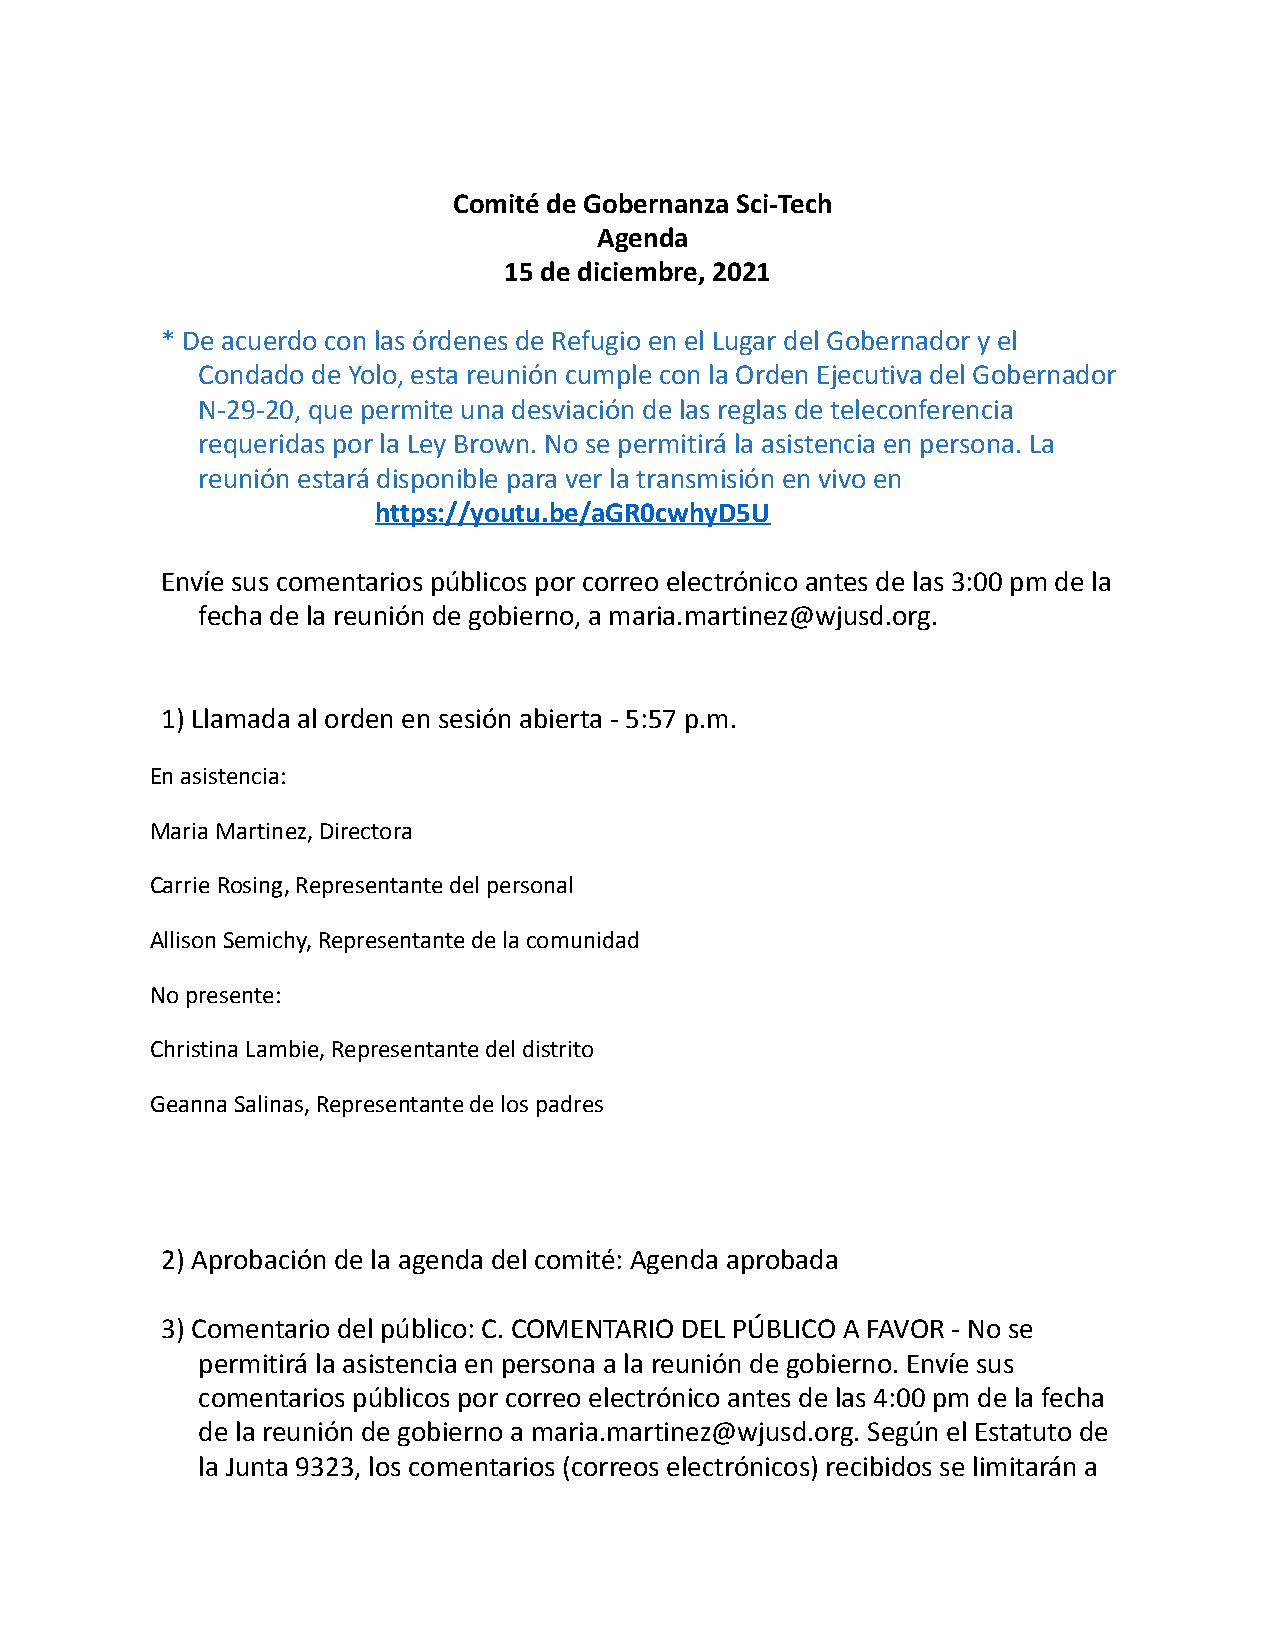
Comité de Gobernanza Sci-Tech
 Agenda
 15 de diciembre, 2021
 * De acuerdo con las órdenes de Refugio en el Lugar del Gobernador y el
 Condado de Yolo, esta reunión cumple con la Orden Ejecutiva del Gobernador
 N-29-20, que permite una desviación de las reglas de teleconferencia
 requeridas por la Ley Brown. No se permitirá la asistencia en persona. La
 reunión estará disponible para ver la transmisión en vivo en
 https://youtu.be/aGR0cwhyD5U
 Envíe sus comentarios públicos por correo electrónico antes de las 3:00 pm de la
 fecha de la reunión de gobierno, a maria.martinez@wjusd.org.
 1) Llamada al orden en sesión abierta - 5:57 p.m.
 En asistencia:
 Maria Martinez, Directora
 Carrie Rosing, Representante del personal
 Allison Semichy, Representante de la comunidad
 No presente:
 Christina Lambie, Representante del distrito
 Geanna Salinas, Representante de los padres
 2) Aprobación de la agenda del comité: Agenda aprobada
 3) Comentario del público: C. COMENTARIO DEL PÚBLICO A FAVOR - No se
 permitirá la asistencia en persona a la reunión de gobierno. Envíe sus
 comentarios públicos por correo electrónico antes de las 4:00 pm de la fecha
 de la reunión de gobierno a maria.martinez@wjusd.org. Según el Estatuto de
 la Junta 9323, los comentarios (correos electrónicos) recibidos se limitarán a